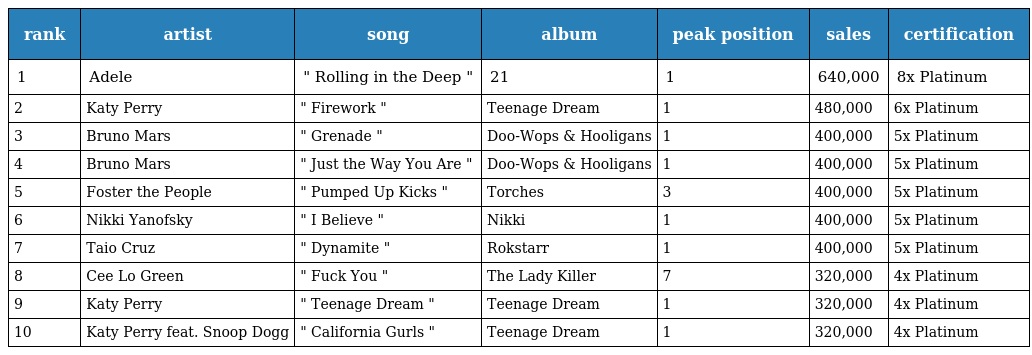
| rank | artist | song | album | peak position | sales | certification |
 | --- | --- | --- | --- | --- | --- | --- |
 | 1 | Adele | " Rolling in the Deep " | 21 | 1 | 640,000 | 8x Platinum |
 | 2 | Katy Perry | " Firework " | Teenage Dream | 1 | 480,000 | 6x Platinum |
 | 3 | Bruno Mars | " Grenade " | Doo-Wops & Hooligans | 1 | 400,000 | 5x Platinum |
 | 4 | Bruno Mars | " Just the Way You Are " | Doo-Wops & Hooligans | 1 | 400,000 | 5x Platinum |
 | 5 | Foster the People | " Pumped Up Kicks " | Torches | 3 | 400,000 | 5x Platinum |
 | 6 | Nikki Yanofsky | " I Believe " | Nikki | 1 | 400,000 | 5x Platinum |
 | 7 | Taio Cruz | " Dynamite " | Rokstarr | 1 | 400,000 | 5x Platinum |
 | 8 | Cee Lo Green | " Fuck You " | The Lady Killer | 7 | 320,000 | 4x Platinum |
 | 9 | Katy Perry | " Teenage Dream " | Teenage Dream | 1 | 320,000 | 4x Platinum |
 | 10 | Katy Perry feat. Snoop Dogg | " California Gurls " | Teenage Dream | 1 | 320,000 | 4x Platinum |